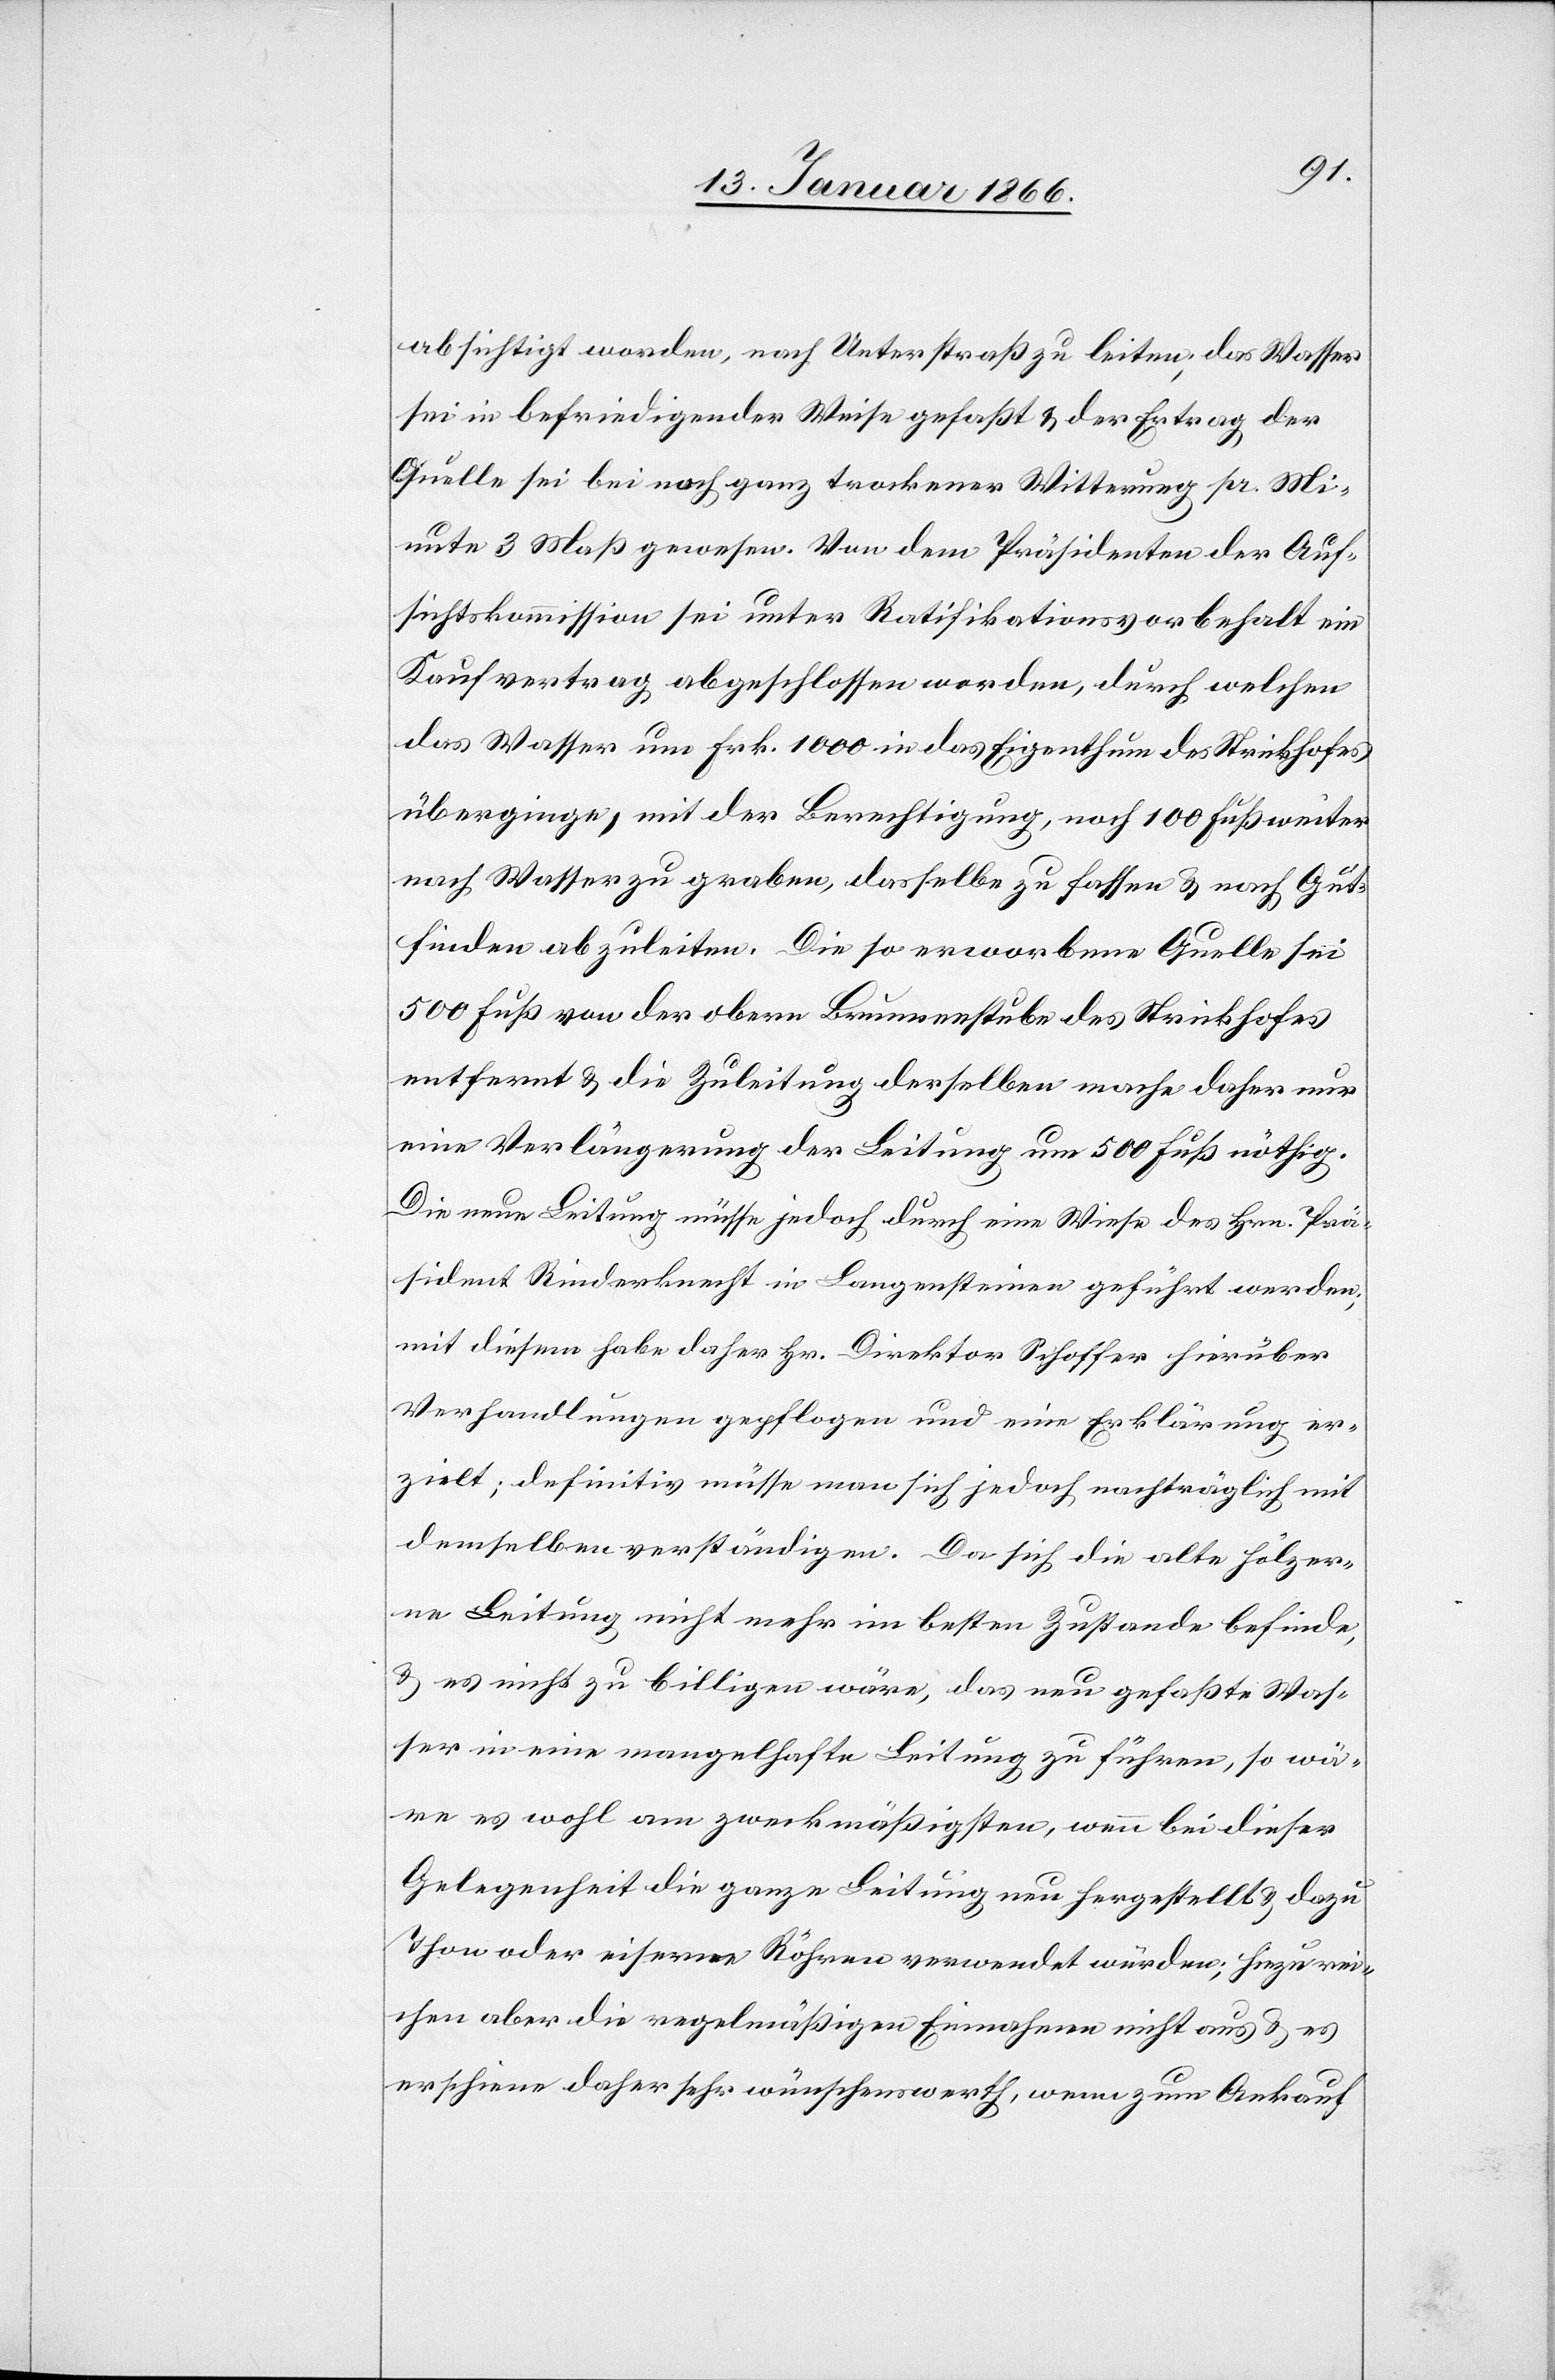
absichtigt worden, nach Unterstraß zu leiten; das Wasser
sei in befriedigender Weise gefaßt u. der Ertrag der
Quelle sei bei noch ganz trockener Witterung pr. Mi¬
nute 3 Maß gewesen. Von dem Präsidenten der Auf¬
sichtskommission sei unter Ratifikationsvorbehalt ein
Kaufvertrag abgeschlossen worden, durch welchen
das Wasser um Frk. 1000 in das Eigenthum des Strickhofes
überginge, mit der Berechtigung, noch 100 Fuß weiter
nach Wasser zu graben, dasselbe zu fassen u. nach Gut¬
finden abzuleiten. Die so erworbene Quelle sei
500 Fuß von der obern Brunnenstube des Strickhofes
entfernt u. die Zuleitung derselben mache daher nur
eine Verlängerung der Leitung um 500 Fuß nöthig.
Die neue Leitung müsse jedoch durch eine Wiese des Hrn. Prä¬
sident Rinderknecht in Langensteinen geführt werden;
mit diesem habe daher Hr. Direktor Schoffer hierüber
Verhandlungen gepflogen und eine Erklärung er¬
zielt; definitiv müsse man sich jedoch nachträglich mit
demselben verständigen. Da sich die alte hölzer¬
ne Leitung nicht mehr im besten Zustande befinde,
u. es nicht zu billigen wäre, das neu gefaßte Was¬
ser in eine mangelhafte Leitung zu führen, so wä¬
re es wohl am zweckmäßigsten, wenn bei dieser
Gelegenheit die ganze Leitung neu hergestellt u. dazu
Thon oder eiserne Röhren verwendet würden; hiezu rei¬
chen aber die regelmäßigen Einnahmen nicht aus u. es
erscheine daher sehr wünschenswerth, wenn zum Ankauf